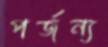
পর্জন্য